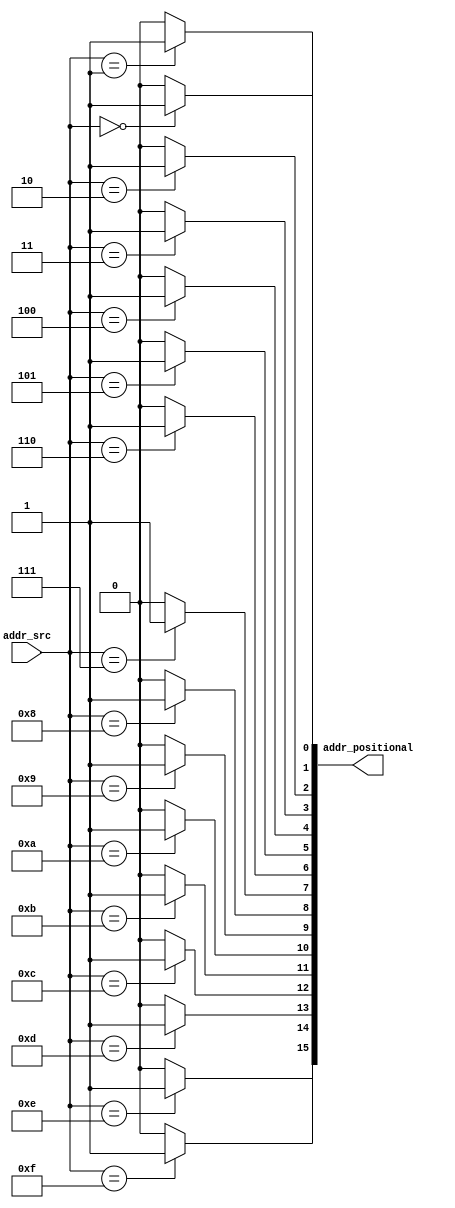
module address_decode_4
(

    input wire[3:0] addr_src,

    output wire[15:0] addr_positional
);



assign addr_positional[15] = (addr_src==4'b1111) ?1'b1:1'b0;

assign addr_positional[14] = (addr_src==4'b1110) ?1'b1:1'b0;

assign addr_positional[13] = (addr_src==4'b1101) ?1'b1:1'b0;

assign addr_positional[12] = (addr_src==4'b1100) ?1'b1:1'b0;

assign addr_positional[11] = (addr_src==4'b1011) ?1'b1:1'b0;

assign addr_positional[10] = (addr_src==4'b1010) ?1'b1:1'b0;

assign addr_positional[9] = (addr_src==4'b1001) ?1'b1:1'b0;

assign addr_positional[8] = (addr_src==4'b1000) ?1'b1:1'b0;

assign addr_positional[7] = (addr_src==4'b0111) ?1'b1:1'b0;

assign addr_positional[6] = (addr_src==4'b0110) ?1'b1:1'b0;

assign addr_positional[5] = (addr_src==4'b0101) ?1'b1:1'b0;

assign addr_positional[4] = (addr_src==4'b0100) ?1'b1:1'b0;

assign addr_positional[3] = (addr_src==4'b0011) ?1'b1:1'b0;

assign addr_positional[2] = (addr_src==4'b0010) ?1'b1:1'b0;

assign addr_positional[1] = (addr_src==4'b0001) ?1'b1:1'b0;

assign addr_positional[0] = (addr_src==4'b0000) ?1'b1:1'b0;



endmodule

module address_decode_8
(

    input wire[7:0] addr_src,

    output wire[31:0] addr_positional
);



address_decode_4 enc0(addr_src[3:0], addr_positional[31:16]);

address_decode_4 enc1(addr_src[7:4], addr_positional[15:0]);



endmodule

module Selector_4
(

    input wire selector_enabled,

    input wire[31:0] addr_src,

    output wire[15:0] addr_positional,

    output wire[31:0] addr_remain
);




assign addr_remain =        (selector_enabled==1'b1)? {16'b0,addr_src[31:16]}:32'b0;
assign addr_positional =    (selector_enabled==1'b1)? addr_src[15:0] : 16'b0;

endmodule



module Selector_8
(

    input wire[7:0] addr,

    output wire[255:0] addr_positional
);





 

   wire[31:0] addr_src;

   address_decode_8 sel_1 (addr, addr_src);
   
 wire[15:0] wires_0_0;

wire[31:0] addr_0_0;

Selector_4 s0_0(1'b1, addr_src, wires_0_0, addr_0_0);

wire[31:0] addr_0_1;

Selector_4 s0_1(wires_0_0[0], addr_0_0, addr_positional[15:0], addr_0_1);

wire[31:0] addr_1_1;

Selector_4 s1_1(wires_0_0[1], addr_0_0, addr_positional[31:16], addr_1_1);

wire[31:0] addr_2_1;

Selector_4 s2_1(wires_0_0[2], addr_0_0, addr_positional[47:32], addr_2_1);

wire[31:0] addr_3_1;

Selector_4 s3_1(wires_0_0[3], addr_0_0, addr_positional[63:48], addr_3_1);

wire[31:0] addr_4_1;

Selector_4 s4_1(wires_0_0[4], addr_0_0, addr_positional[79:64], addr_4_1);

wire[31:0] addr_5_1;

Selector_4 s5_1(wires_0_0[5], addr_0_0, addr_positional[95:80], addr_5_1);

wire[31:0] addr_6_1;

Selector_4 s6_1(wires_0_0[6], addr_0_0, addr_positional[111:96], addr_6_1);

wire[31:0] addr_7_1;

Selector_4 s7_1(wires_0_0[7], addr_0_0, addr_positional[127:112], addr_7_1);

wire[31:0] addr_8_1;

Selector_4 s8_1(wires_0_0[8], addr_0_0, addr_positional[143:128], addr_8_1);

wire[31:0] addr_9_1;

Selector_4 s9_1(wires_0_0[9], addr_0_0, addr_positional[159:144], addr_9_1);

wire[31:0] addr_10_1;

Selector_4 s10_1(wires_0_0[10], addr_0_0, addr_positional[175:160], addr_10_1);

wire[31:0] addr_11_1;

Selector_4 s11_1(wires_0_0[11], addr_0_0, addr_positional[191:176], addr_11_1);

wire[31:0] addr_12_1;

Selector_4 s12_1(wires_0_0[12], addr_0_0, addr_positional[207:192], addr_12_1);

wire[31:0] addr_13_1;

Selector_4 s13_1(wires_0_0[13], addr_0_0, addr_positional[223:208], addr_13_1);

wire[31:0] addr_14_1;

Selector_4 s14_1(wires_0_0[14], addr_0_0, addr_positional[239:224], addr_14_1);

wire[31:0] addr_15_1;

Selector_4 s15_1(wires_0_0[15], addr_0_0, addr_positional[255:240], addr_15_1);



endmodule